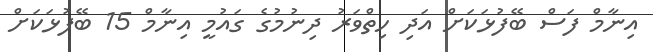
އިނާމް ފަސް ބޭފުޅަކަށް އަދި ހިތްވަރު ދިނުމުގެ ގައުމީ އިނާމް 15 ބޭފުޅަކަށް